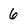
Character: 6